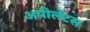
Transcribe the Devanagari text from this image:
अपीलेटस